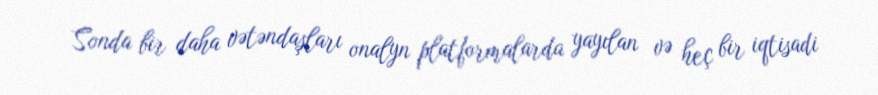
Sonda bir daha vətəndaşları onalyn platformalarda yayılan və heç bir iqtisadi